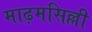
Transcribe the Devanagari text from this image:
माढ़मसिल्ली